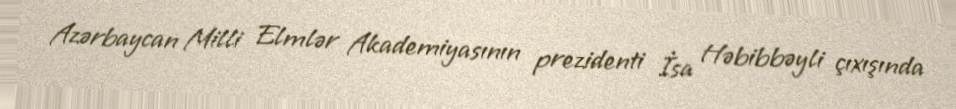
Azərbaycan Milli Elmlər Akademiyasının prezidenti İsa Həbibbəyli çıxışında